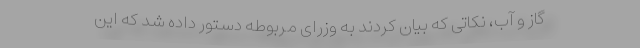
گاز و آب، نکاتی که بیان کردند به وزرای مربوطه دستور داده شد که این